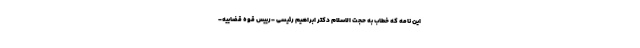
این نامه که خطاب به حجت الاسلام دکتر ابراهیم رئیسی -رییس قوه قضاییه-